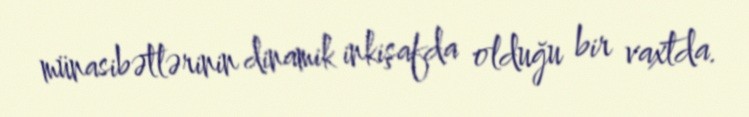
münasibətlərinin dinamik inkişafda olduğu bir vaxtda.